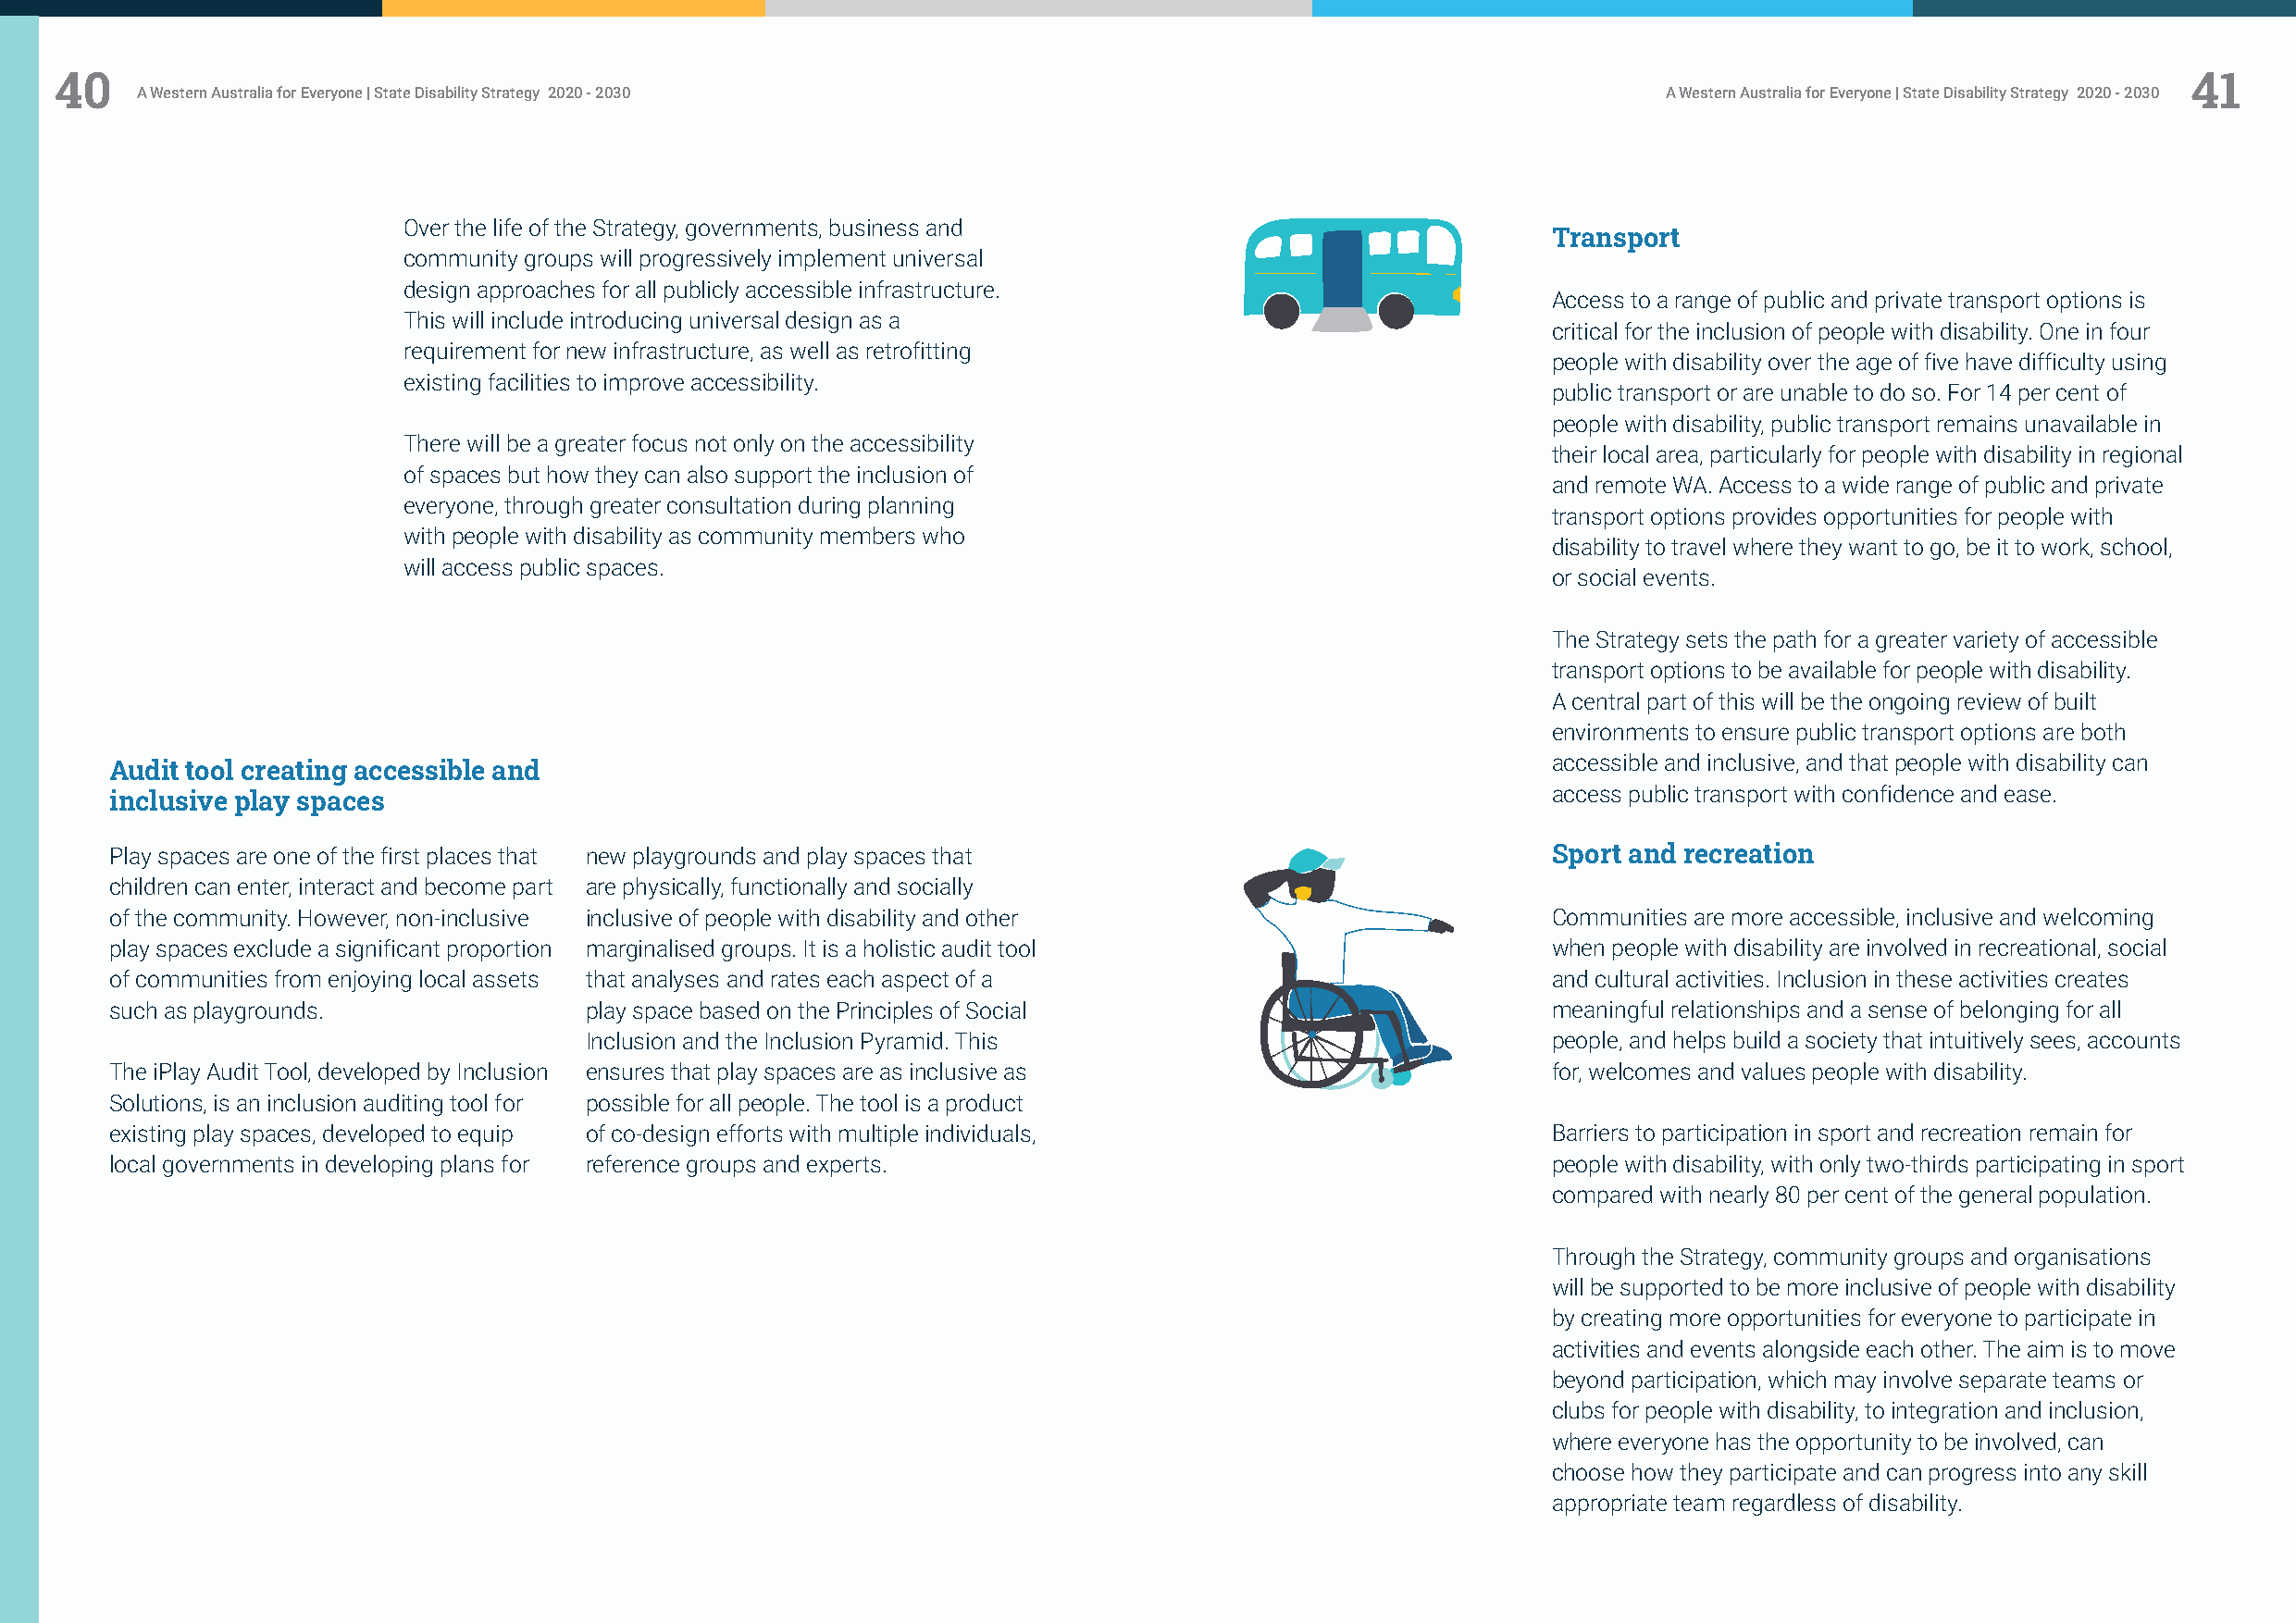
40                                                                                                                                                       41
 A Western Australia for Everyone | State Disability Strategy 2020 - 2030                                     A Western Australia for Everyone | State Disability Strategy 2020 - 2030
 Over the life of the Strategy, governments, business and
 Transport
 community groups will progressively implement universal
 design approaches for all publicly accessible infrastructure.
 Access to a range of public and private transport options is
 This will include introducing universal design as a
 critical for the inclusion of people with disability. One in four
 requirement for new infrastructure, as well as retrofitting
 people with disability over the age of five have difficulty using
 existing facilities to improve accessibility.
 public transport or are unable to do so. For 14 per cent of
 people with disability, public transport remains unavailable in
 There will be a greater focus not only on the accessibility
 their local area, particularly for people with disability in regional
 of spaces but how they can also support the inclusion of
 and remote WA. Access to a wide range of public and private
 everyone, through greater consultation during planning
 transport options provides opportunities for people with
 with people with disability as community members who
 disability to travel where they want to go, be it to work, school,
 will access public spaces.
 or social events.
 The Strategy sets the path for a greater variety of accessible
 transport options to be available for people with disability.
 A central part of this will be the ongoing review of built
 environments to ensure public transport options are both
 Audit tool creating accessible and                                                                     accessible and inclusive, and that people with disability can
 inclusive play spaces                                                                                  access public transport with confidence and ease.
 Play spaces are one of the first places that new playgrounds and play spaces that                      Sport and recreation
 children can enter, interact and become part are physically, functionally and socially
 of the community. However, non-inclusive inclusive of people with disability and other                 Communities are more accessible, inclusive and welcoming
 play spaces exclude a significant proportion marginalised groups. It is a holistic audit tool          when people with disability are involved in recreational, social
 of communities from enjoying local assets that analyses and rates each aspect of a                     and cultural activities. Inclusion in these activities creates
 such as playgrounds.              play space based on the Principles of Social                         meaningful relationships and a sense of belonging for all
 Inclusion and the Inclusion Pyramid. This                            people, and helps build a society that intuitively sees, accounts
 The iPlay Audit Tool, developed by Inclusion ensures that play spaces are as inclusive as              for, welcomes and values people with disability.
 Solutions, is an inclusion auditing tool for possible for all people. The tool is a product
 existing play spaces, developed to equip of co-design efforts with multiple individuals,               Barriers to participation in sport and recreation remain for
 local governments in developing plans for reference groups and experts.                                people with disability, with only two-thirds participating in sport
 compared with nearly 80 per cent of the general population.
 Through the Strategy, community groups and organisations
 will be supported to be more inclusive of people with disability
 by creating more opportunities for everyone to participate in
 activities and events alongside each other. The aim is to move
 beyond participation, which may involve separate teams or
 clubs for people with disability, to integration and inclusion,
 where everyone has the opportunity to be involved, can
 choose how they participate and can progress into any skill
 appropriate team regardless of disability.